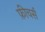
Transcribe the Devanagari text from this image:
फ़ीचर्स